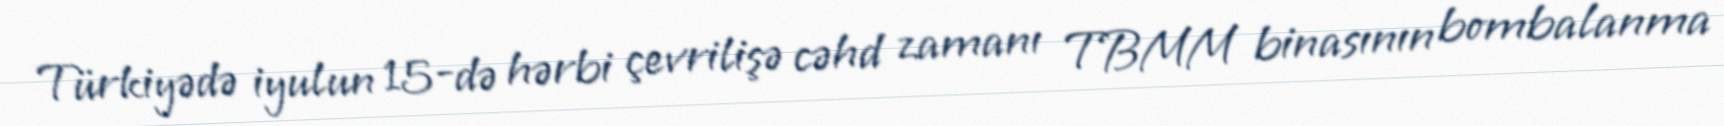
Türkiyədə iyulun 15-də hərbi çevrilişə cəhd zamanı TBMM binasının bombalanma